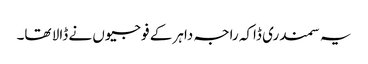
یہ سمندری ڈاکہ راجہ داہر کے فوجیوں نے ڈالا تھا۔